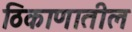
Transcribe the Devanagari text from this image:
ठिकाणातील